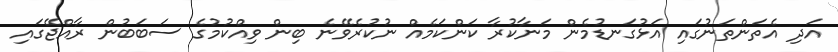
އަދި އެތަންތަނުގައި އަޅުގަނޑުމެން މަނާކުރާ ކަންކަމެއް ނުކުރެވޭނެ ބިން ވިއްކުމުގެ ސަބަބުން ރާއްޖޭގައި